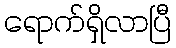
ရောက်ရှိလာပြီ